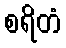
စရိတံ